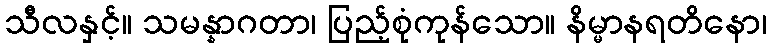
သီလနှင့်။ သမန္နာဂတာ၊ ပြည့်စုံကုန်သော။ နိမ္မာနရတိနော၊